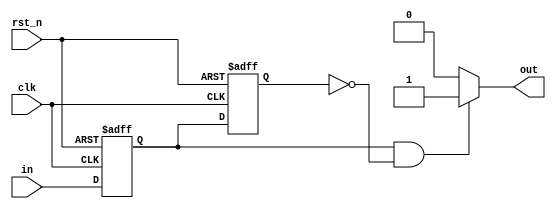
module stavka_a
	(
		input clk,
		input rst_n,
		input in,
		output reg out
	);
	
	reg ff1_reg, ff1_next;
	reg ff2_reg, ff2_next;
	
	always @(negedge rst_n, posedge clk) begin
		if (!rst_n) begin
			ff1_reg <= 1'b0;
			ff2_reg <= 1'b0;
		end else begin
			ff1_reg <= ff1_next;
			ff2_reg <= ff2_next;
		end
	end
	
	always @(*) begin
		ff1_next <= in;
		ff2_next <= ff1_reg;
	end
	
	always @(*) begin
		out <= 1'b0;
		if (ff1_reg == 1'b1 && ff2_reg == 1'b0)
			out <= 1'b1;
	end

endmodule